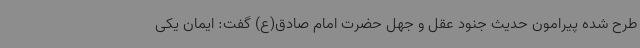
طرح شده پیرامون حدیث جنود عقل و جهل حضرت امام صادق(ع) گفت: ایمان یکی